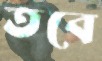
তবে